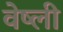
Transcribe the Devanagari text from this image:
वेष्ली